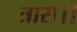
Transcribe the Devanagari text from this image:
त्रास।।